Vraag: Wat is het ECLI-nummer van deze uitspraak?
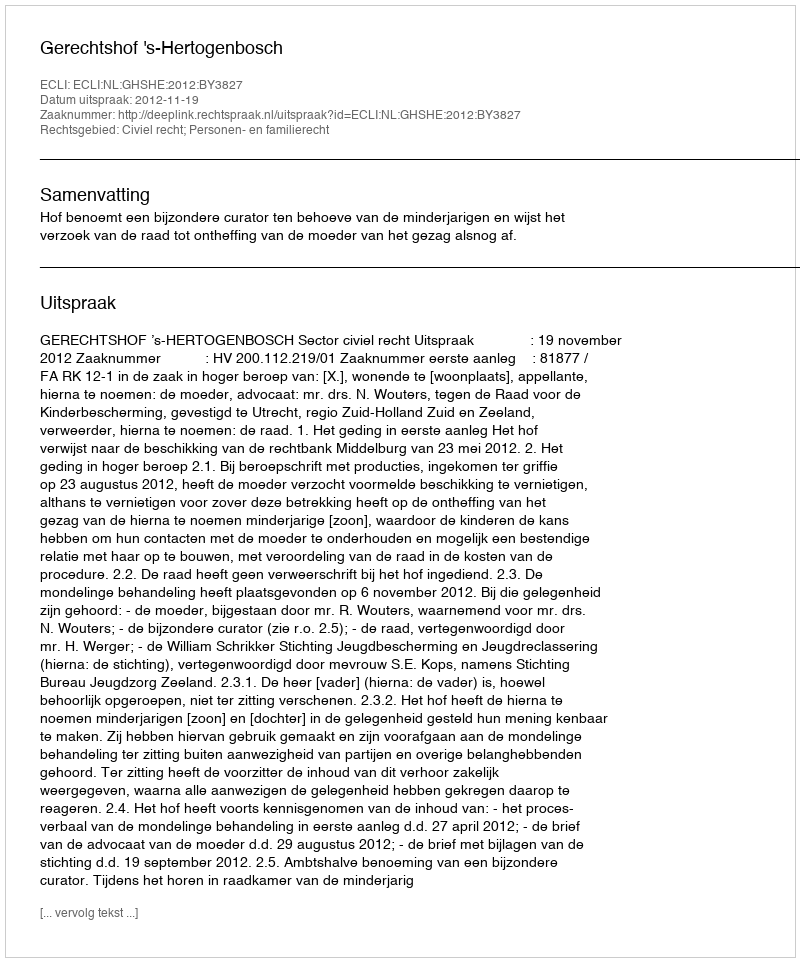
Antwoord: ECLI:NL:GHSHE:2012:BY3827